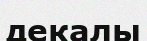
декалы